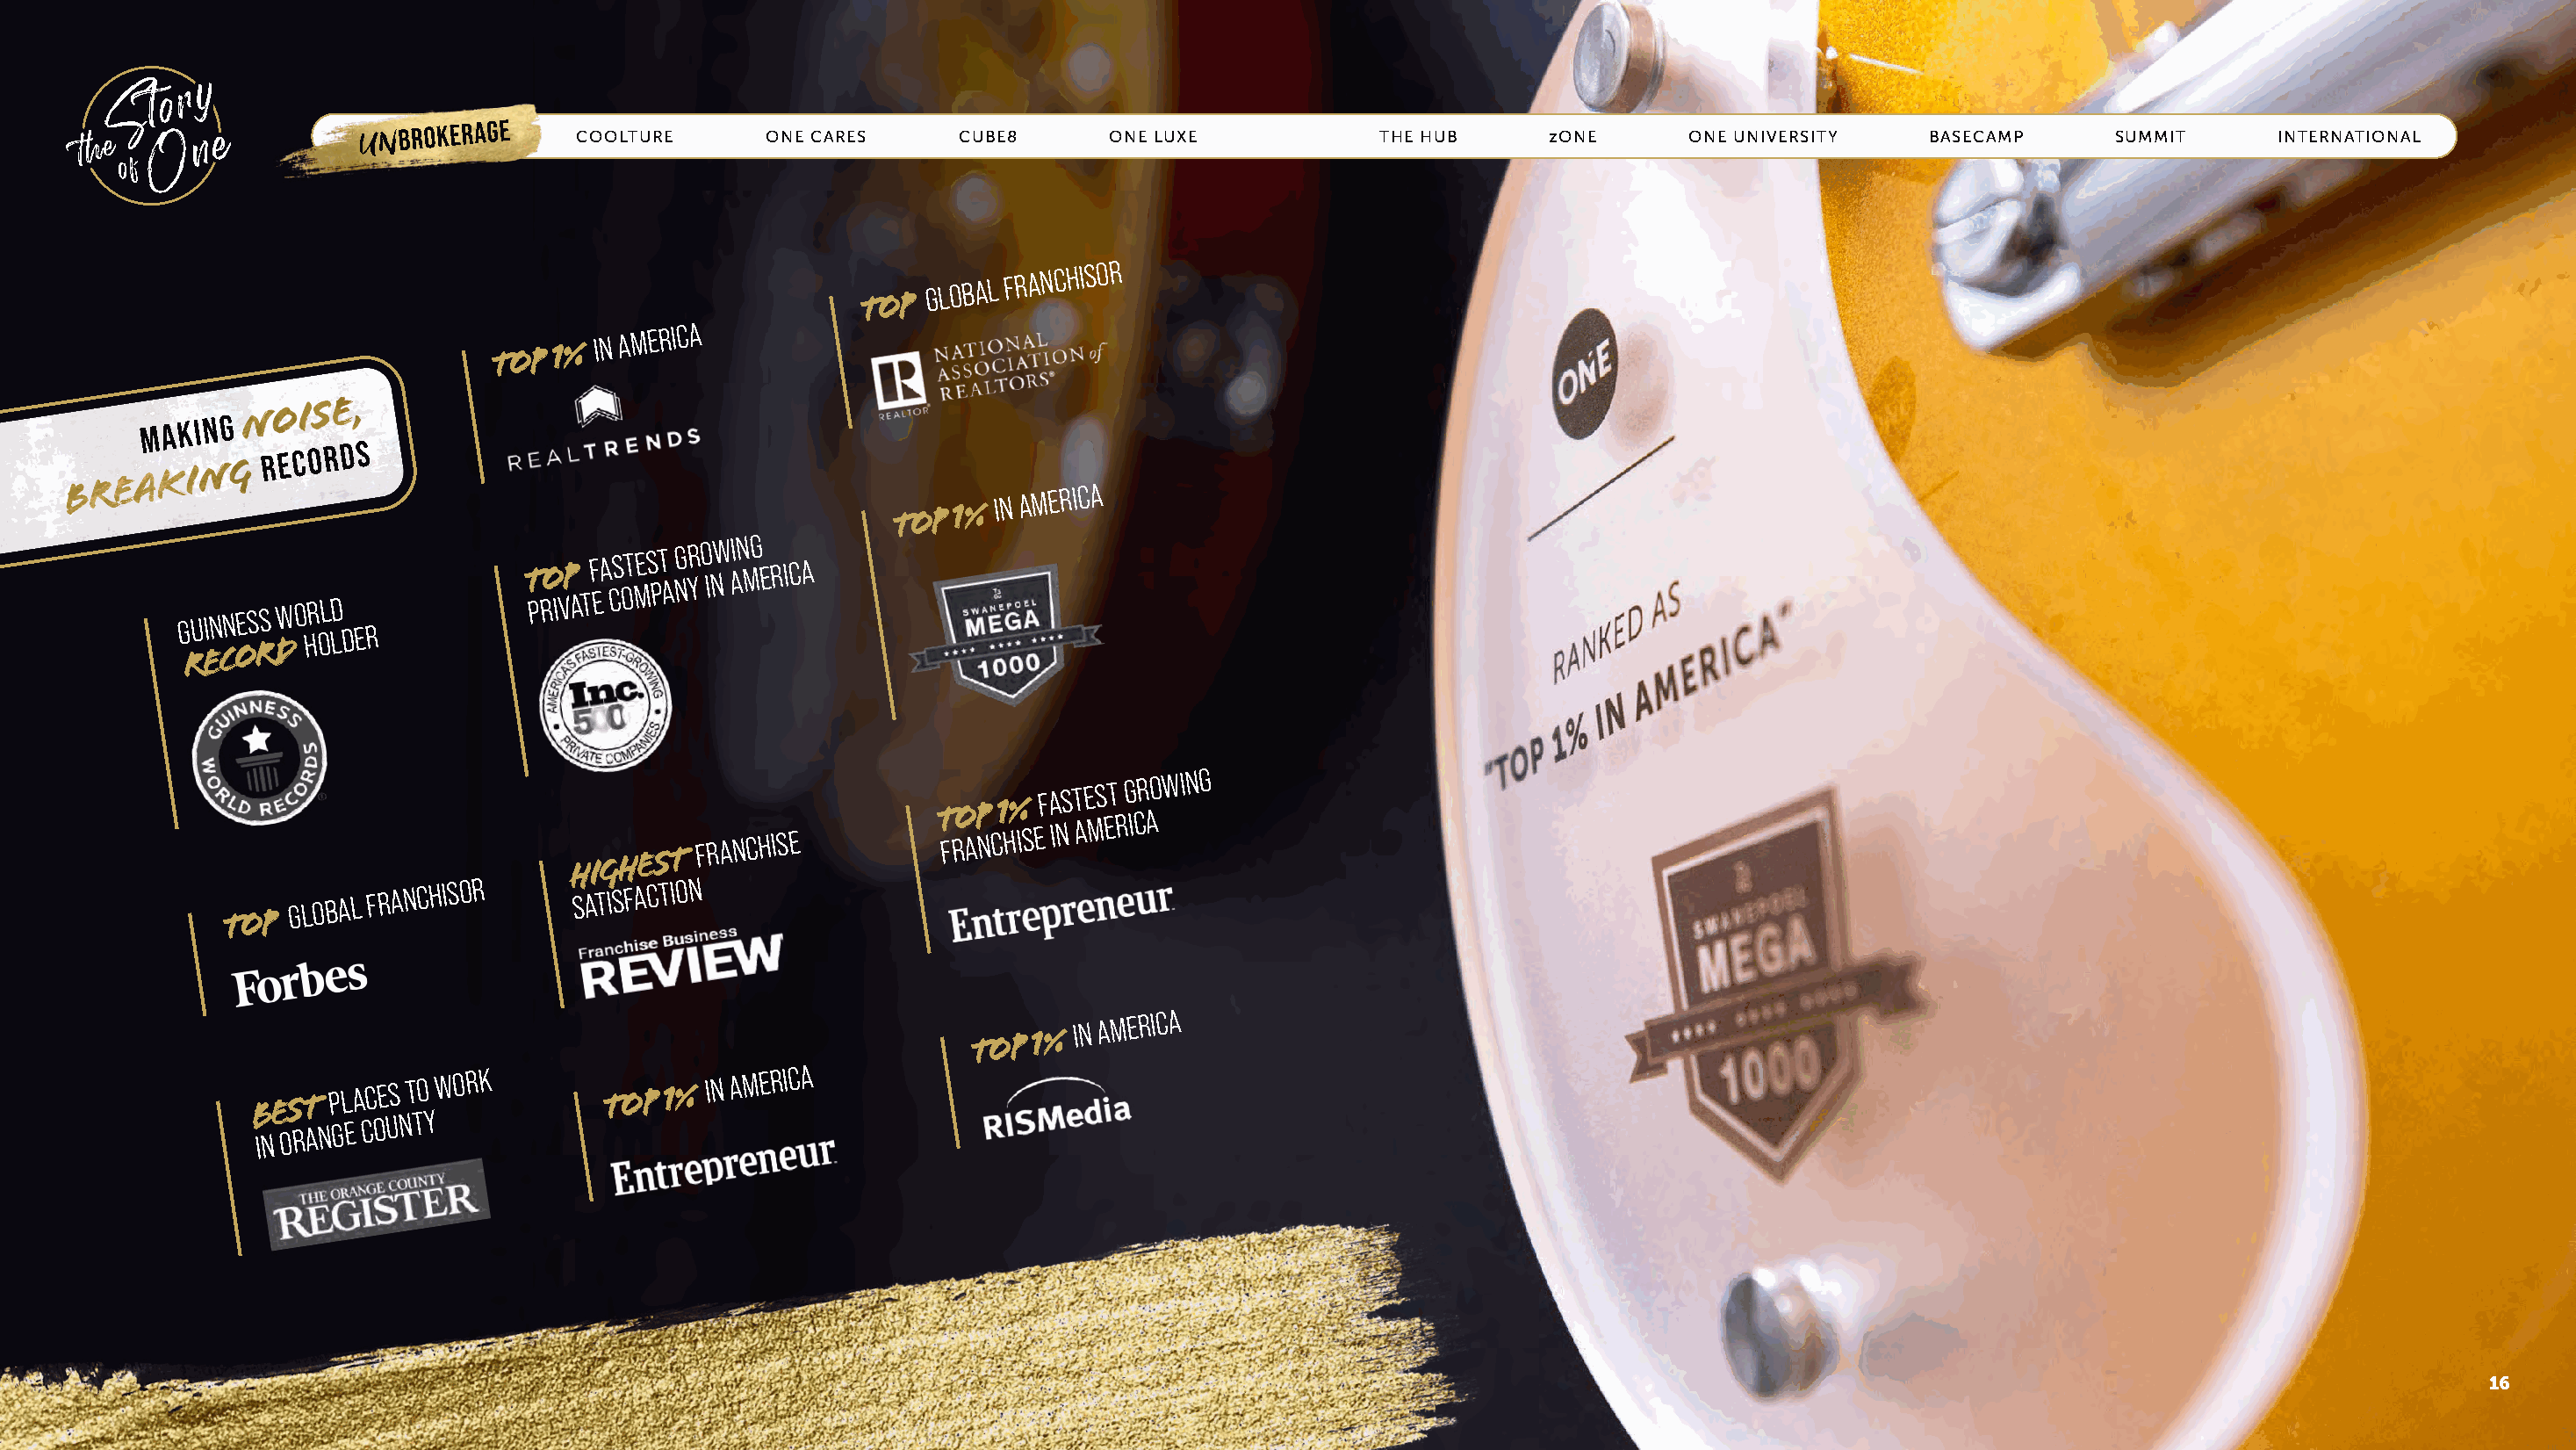
UNBROKERAGE      COOLTURE       ONE CARES     CUBE8       ONE LUXE            THE HUB      zONE      ONE UNIVERSITY    BASECAMP       SUMMIT      INTERNATIONAL
 TOP
 GLOBAL
 FRANCHISOR
 TOP
 1% IN
 AMERICA
 TOP
 1% IN
 AMERICA
 G RU EIN CN OES RS DW O HR OL LD DER
 T PRO IVP
 A T
 F EA CS OT MES PT
 A
 NGR YO INW AIN MG ERICA
 HIGHEST
 FRANCHISE
 T FRO AP
 N
 C1 H%
 IS
 EF A INS T AE MS ET
 R
 G ICR
 AOWING
 TOP
 GLOBAL
 FRANCHISOR     SATISFACTION
 TOP
 1% IN
 AMERICA
 BEST
 PLACES TO
 WORK
 TOP 1% IN
 AMERICA
 IN
 ORANGE
 COUNTY
 16